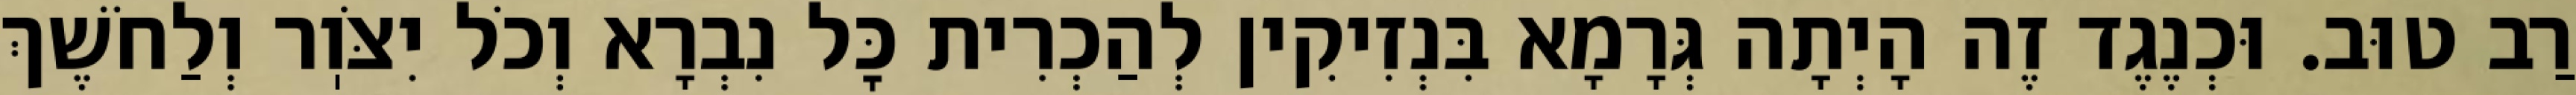
רַב טוּב. וּכְנֶגֶד זֶה הָיְתָה גְּרָמָא בִּנְזִיקִין לְהַכְרִית כׇּל נִבְרָא וְכֹל יִצֹּוֽר וְלַחֹשֶׁךְ